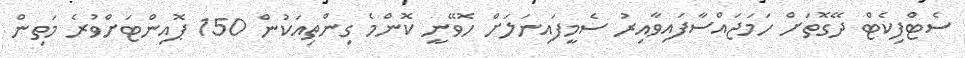
ސެޓްފިކެޓް ދޭގޮތަށް ހަމަޖައްސާފައިވާއިރު ސެމީފައިނަލަށް ހޮވޭނީ ކޮންމެ ގިންތިއަކުން 150 ޕޮއިންޓަށްވުރެ މަތިން